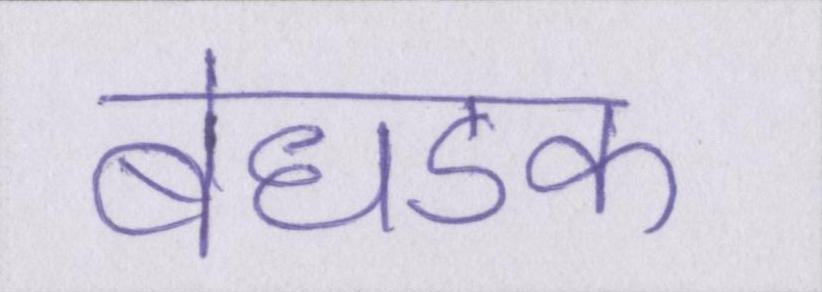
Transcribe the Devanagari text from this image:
बेधडक